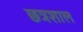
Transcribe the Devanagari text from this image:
छत्रशाल